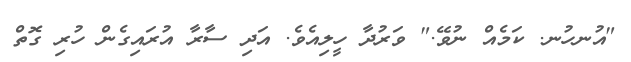
"އުނހުނ. ކަމެއް ނުވޭ." ވަރުދާ ހީލިއެވެ. އަދި ސާރާ އުރައިގެން ހުރި ގޮތް